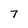
Character: 7